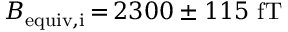
B _ { \mathrm { e q u i v , i } } \, { = } \, 2 3 0 0 \pm 1 1 5 ~ \mathrm { f T }